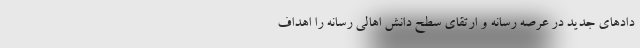
دادهای جدید در عرصه رسانه و ارتقای سطح دانش اهالی رسانه را اهداف